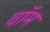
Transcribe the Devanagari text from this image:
वॉम